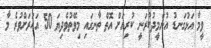
ވީމާ އަޅުގަނޑު އުންމީދުކުރަނީ ކުރިއަށް އޮތް ތާނގައި މިވޭތުވެދިޔަ 50 އަހަރަށްވުރެ މާ